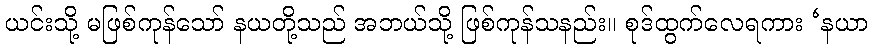
ယင်းသို့ မဖြစ်ကုန်သော် နယတို့သည် အဘယ်သို့ ဖြစ်ကုန်သနည်း။ စုဒ်ထွက်လေရကား ‘နယာ